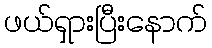
ဖယ်ရှားပြီးနောက်